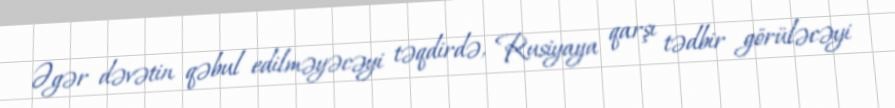
Əgər dəvətin qəbul edilməyəcəyi təqdirdə, Rusiyaya qarşı tədbir görüləcəyi